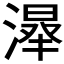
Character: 𣼦